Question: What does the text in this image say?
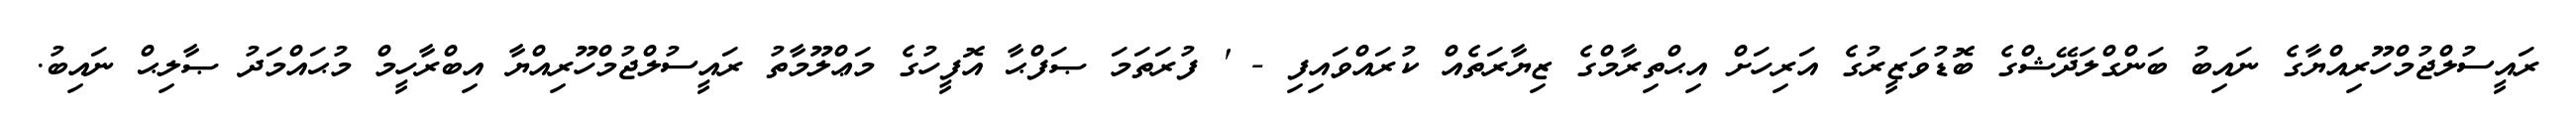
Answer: ރައީސުލްޖުމްހޫރިއްޔާގެ ނައިބު ބަންގްލަދޭޝްގެ ބޮޑުވަޒީރުގެ އަރިހަށް އިޙްތިރާމްގެ ޒިޔާރަތެއް ކުރައްވައިފި - ' ފުރަތަމަ ޞަފްޙާ އޮފީހުގެ މަޢްލޫމާތު ރައީސުލްޖުމްހޫރިއްޔާ އިބްރާހީމް މުޙައްމަދު ޞާލިޙް ނައިބު.